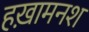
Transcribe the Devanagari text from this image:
हख़ामनश